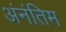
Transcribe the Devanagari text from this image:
अंनंतिम